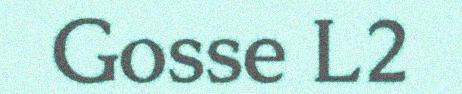
Gosse L2